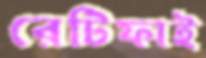
রেটিফাই